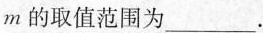
m的取值范围为___.